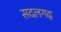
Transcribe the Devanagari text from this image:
सदलगढ़